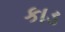
કાડ